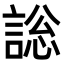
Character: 𧩟